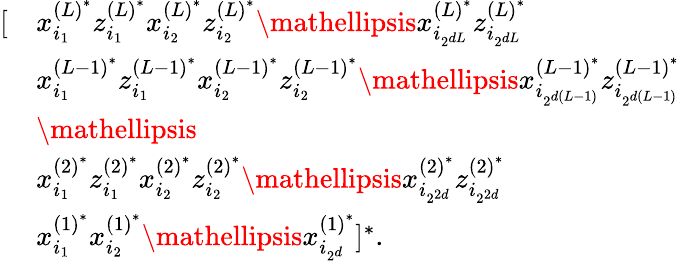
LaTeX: \begin{array}{rl}{[}&{x_{i_{1}}^{{(L)}^{*}}z_{i_{1}}^{{(L)}^{*}}x_{i_{2}}^{{(L)}^{*}}z_{i_{2}}^{{(L)}^{*}}\mathellipsis x_{i_{2^{dL}}}^{{(L)}^{*}}z_{i_{2^{dL}}}^{{(L)}^{*}}}\\ &{x_{i_{1}}^{{(L-1)}^{*}}z_{i_{1}}^{{(L-1)}^{*}}x_{i_{2}}^{{(L-1)}^{*}}z_{i_{2}}^{{(L-1)}^{*}}\mathellipsis x_{i_{2^{d(L-1)}}}^{{(L-1)}^{*}}z_{i_{2^{d(L-1)}}}^{{(L-1)}^{*}}}\\ &{\mathellipsis}\\ &{x_{i_{1}}^{{(2)}^{*}}z_{i_{1}}^{{(2)}^{*}}x_{i_{2}}^{{(2)}^{*}}z_{i_{2}}^{{(2)}^{*}}\mathellipsis x_{i_{2^{2d}}}^{{(2)}^{*}}z_{i_{2^{2d}}}^{{(2)}^{*}}}\\ &{x_{i_{1}}^{{(1)}^{*}}x_{i_{2}}^{{(1)}^{*}}\mathellipsis x_{i_{2^{d}}}^{{(1)}^{*}}]^{*}.}\end{array}